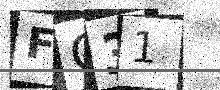
Text: FC31